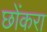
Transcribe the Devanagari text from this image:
छोंकरा